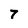
Character: 7